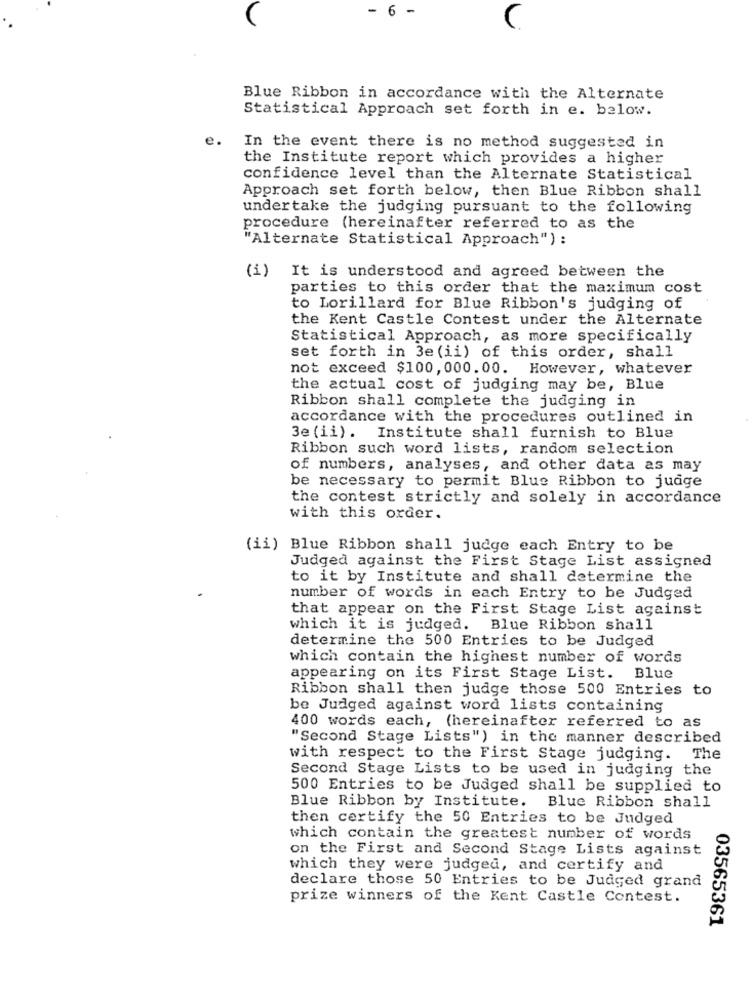
- 6
-
Blue Ribbon in accordance with the Alternate
Statistical Approach set forth in e. below.
e.
In the event there is no method suggested in
the Institute report which provides a higher
confidence level than the Alternate Statistical
Approach set forth below, then Blue Ribbon shall
undertake the judging pursuant to the following
procedure (hereinafter referred to as the
"Alternate Statistical Approach") :
(i) It is understood and agreed between the
parties to this order that the maximum cost
to Lorillard for Blue Ribbon's judging of
the Kent Castle Contest under the Alternate
Statistical Approach, as more specifically
set forth in 3e (ii) of this order, shall
not exceed $100,000.00. However, whatever
the actual cost of judging may be, Blue
Ribbon shall complete the judging in
accordance with the procedures outlined in
3e (ii). Institute shall furnish to Blue
Ribbon such word lists, random selection
of numbers, analyses, and other data as may
be necessary to permit Blue Ribbon to judge
the contest strictly and solely in accordance
with this order.
(ii) Blue Ribbon shall judge each Entry to be
Judged against the First Stage List assigned
to it by Institute and shall determine the
number of words in each Entry to be Judged
that appear on the First Stage List against
which it is judged. Blue Ribbon shall
determine the 500 Entries to be Judged
which contain the highest number of words
appearing on its First Stage List. Blue
Ribbon shall then judge those 500 Entries to
be Judged against word lists containing
400 words each, (hereinafter referred to as
"Second Stage Lists") in the manner described
with respect to the First Stage judging. The
Second Stage Lists to be used in judging the
500 Entries to be Judged shall be supplied to
Blue Ribbon by Institute.
Blue Ribbon shall
then certify the 50 Entries to be Judged
which contain the greatest number of words
on the First and Second Stage Lists against
which they were judged, and certify and
declare those 50 Entries to be Judged grand
prize winners of the Kent Castle Contest.
03565361